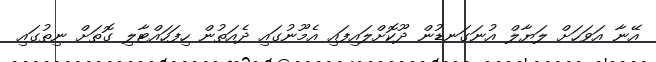
އޭނާ އަވަހަށް ލަޔާލް އުނަގަނޑުން ދޫކޮށްލައިފައި އެމޫނުގައި ދެއަތުން ހިފަހައްޓާލި ގޮތަށް ނިތުގައި